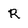
Character: r